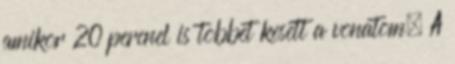
amikor 20 percnel is tobbet kesett a vonatom. A